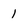
Character: 1